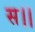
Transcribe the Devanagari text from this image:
स।।